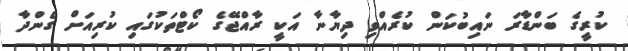
ކުރީގެ ބަންޑާރަ ނައިބުކަން ކުރެއްވި ދިޔާނާ އަކީ ރާއްޖޭގެ ކޯޓްތަކުގައި ކުރިއަށް ގެންދާ